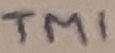
Text: TMI